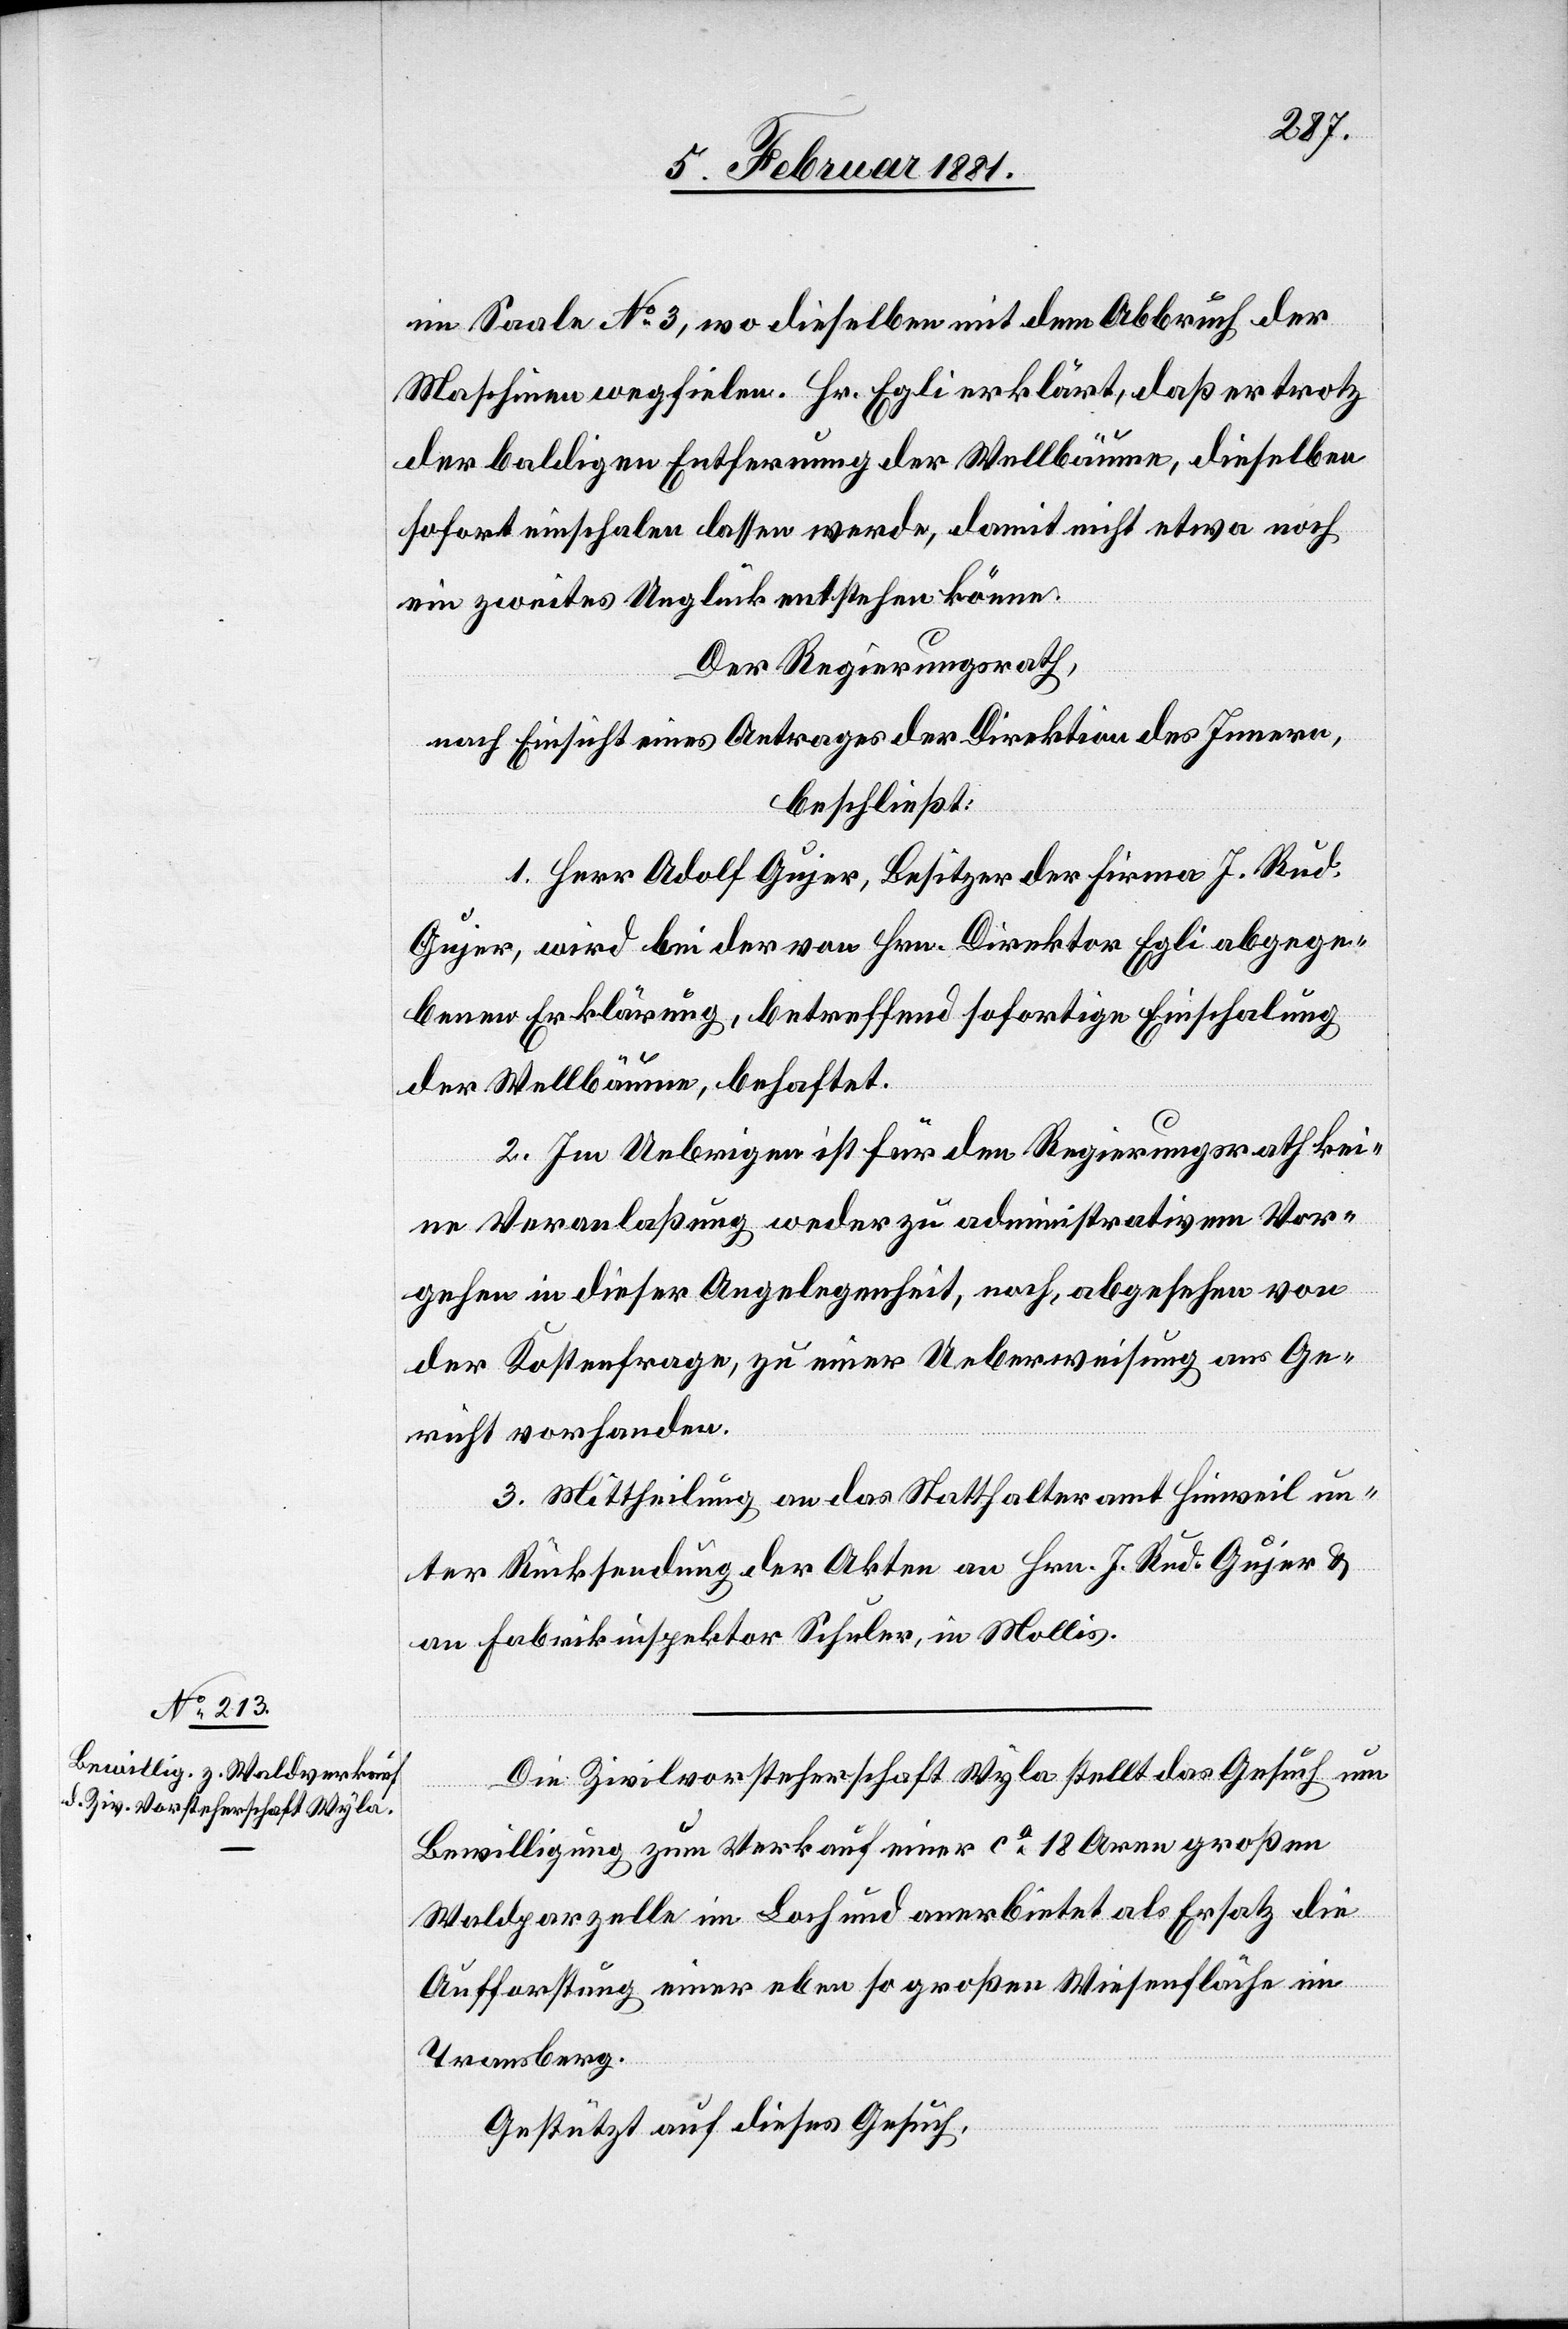
im Saale No 3, wo dieselben mit dem Abbruch der
Maschinen wegfielen. Hr. Egli erklärt, daß er trotz
der baldigen Entfernung der Wellbäume, dieselben
sofort einschalen lassen werde, damit nicht etwa noch
ein zweites Unglück entstehen könne.
Der Regierungsrath,
nach Einsicht eines Antrages der Direktion des Innern,
beschließt:
1. Herr Adolf Gujer, Besitzer der Firma J. Rud.
Gujer, wird bei der von Hrn. Direktor Egli abgege¬
benen Erklärung, betreffend sofortiger Einschalung
der Wellbäume, behaftet.
2. Im Uebrigen ist für den Regierungsrath kei¬
ne Veranlaßung weder zu administrativem Vor¬
gehen in dieser Angelegenheit, noch, abgesehen von
der Kostenfrage, zu einer Ueberweisung ans Ge¬
richt vorhanden.
3. Mittheilung an das Statthalteramt Hinweil un¬
ter Rücksendung der Akten an Hrn. J. Rud. Gujer &
an Fabrikinspektor Schuler, in Mollis.
Die Zivilvorsteherschaft Wyla stellt das Gesuch um
Bewilligung zum Verkauf einer ca 18 Aren großen
Waldparzelle im Loch und anerbietet als Ersatz die
Aufforstung einer eben so großen Wiesenfläche im
Transberg.
Gestützt auf dieses Gesuch,